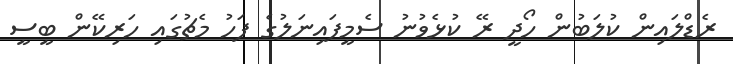
ރެޑްލައިން ކުލަބުން ހޯދީ ރޭ ކުޅެވުނު ސެމީފައިނަލުގެ ފަހު މެޗުގައި ހަރިކޭން ބީސީ